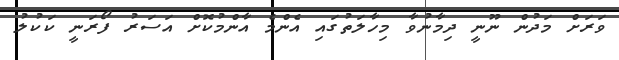
ވަރަށް މަދުން ނޫނީ ދިމާނުވާ މިހާލަތުގައި އެންމެ އާންމުކޮށް އަސަރު ފޯރަނީ ކަކުލު